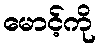
မောင့်ကို